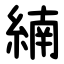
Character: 䋻